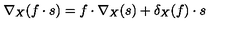
\nabla _ { X } ( f \cdot s ) = f \cdot \nabla _ { X } ( s ) + \delta _ { X } ( f ) \cdot s